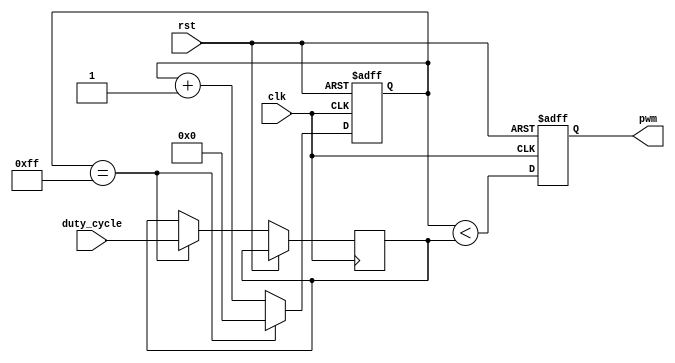
`timescale 1ns / 1ps
//////////////////////////////////////////////////////////////////////////////////
// Company: 
// Engineer: 
// 
// Design Name: 
// Module Name: PWM_Generator
// Project Name: 
// Target Devices: 
// Tool Versions: 
// Description: 
// 
// Dependencies: 
// 
// Revision:
// Revision 0.01 - File Created
// Additional Comments:
// 
//////////////////////////////////////////////////////////////////////////////////


module PWM_Generator(
    input wire clk,
    input wire rst,
    input wire [7:0] duty_cycle, // Duty cycle in percentage (0 to 100)
    output reg pwm
);

reg [31:0] counter;
reg [7:0] threshold;

always @(posedge clk or posedge rst) begin
    if (rst) begin
        counter <= 32'b0;
        pwm <= 1'b0;
    end else begin
        counter <= counter + 1;
        if (counter == 32'd255) begin
            counter <= 32'b0;
            threshold <= duty_cycle;
        end
        pwm <= (counter < threshold);
    end
end

endmodule